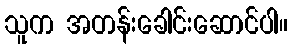
သူက အတန်းခေါင်းဆောင်ပါ။